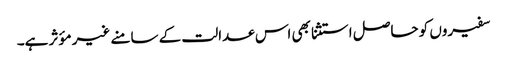
سفیروں کو حاصل استثنا بھی اس عدالت کے سامنے غیر مؤثر ہے۔